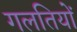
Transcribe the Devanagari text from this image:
गलतियों